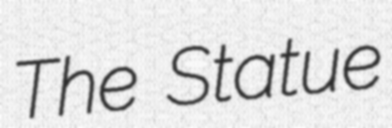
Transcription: The Statue